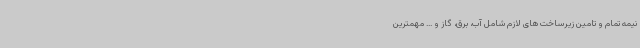
نیمه تمام و تامین زیرساخت های لازم شامل آب، برق، گاز و ... مهمترین